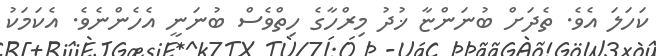
ކަހަލަ އެވެ. ތެދަށް ބުނަންޏާ ޚުދު މިރްހާގެ ހިތްވެސް ބުނަނީ އެހެންނެވެ. އެކަމަކު